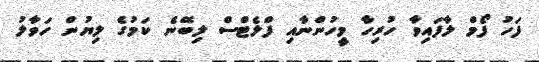
ފަހު ފޯމް ލާފައިވާ ހުރިހާ މީހުންނާއި ފްލެޓްސް ލިބޭނެ ކަމުގެ ލިޔުން ހަވާލު